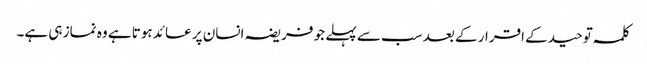
کلمہ توحید کے اقرار کے بعد سب سے پہلے جو فریضہ انسان پر عائد ہوتا ہے وہ نماز ہی ہے۔